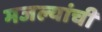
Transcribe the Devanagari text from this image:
मजल्यांची